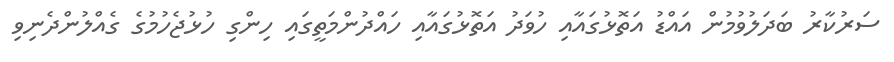
ސަރުކާރު ބަދަލުވުމުން އައްޑު އަތޮޅުގައާއި ހުވަދު އަތޮޅުގައާއި ހައްދުންމަތީގައި ހިންގި ހުޅުޖެހުމުގެ ގެއްލުންދެނިވި